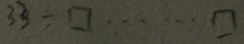
3 3 \div \square \cdots \square